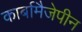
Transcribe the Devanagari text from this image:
कार्बामैजेपीन